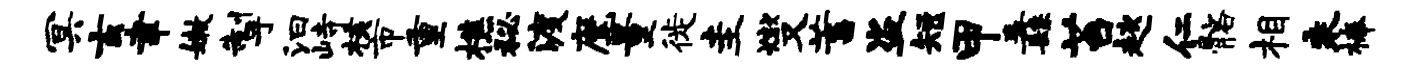
冥玄聿嫩掣汩峙核市重樵秘渡麾量徙圭燮蓄盗短甲纛苔趑仁髂相乘榛